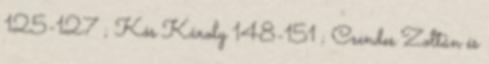
125-127 ; Kós Károly 148-151 ; Csendes Zoltán és